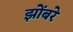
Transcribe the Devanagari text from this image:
झोंबरे